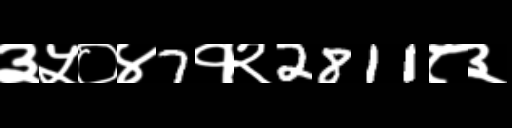
Text: ३५०४7१२2811८३